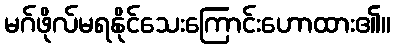
မဂ်ဖိုလ်မရနိုင်သေးကြောင်းဟောထား၏။